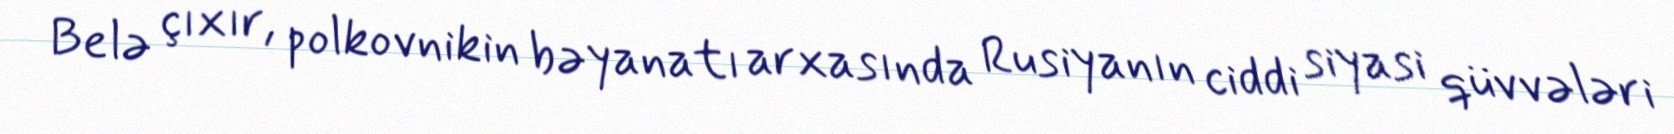
Belə çıxır, polkovnikin bəyanatı arxasında Rusiyanın ciddi siyasi qüvvələri